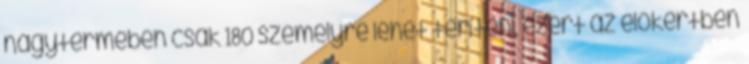
nagytermében csak 180 személyre lehet teríteni, ezért az előkertben